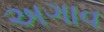
અગાવ